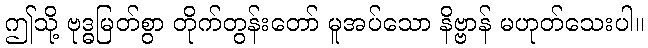
ဤသို့ ဗုဒ္ဓမြတ်စွာ တိုက်တွန်းတော် မူအပ်သော နိဗ္ဗာန် မဟုတ်သေးပါ။